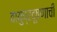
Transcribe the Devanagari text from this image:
वायुप्रदूषणाची